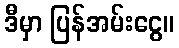
ဒီမှာ ပြန်အမ်းငွေ။